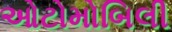
ઓટોમોબિલી